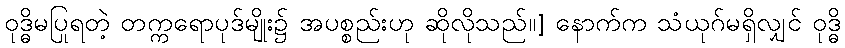
ဝုဒ္ဓိမပြုရတဲ့ တက္ကရောပုဒ်မျိုး၌ အပစ္စည်းဟု ဆိုလိုသည်။] နောက်က သံယုဂ်မရှိလျှင် ဝုဒ္ဓိ